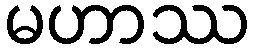
မဟာဿ